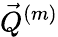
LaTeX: \vec{Q}^{(m)}